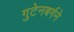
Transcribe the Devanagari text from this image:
गुटेनबर्गने